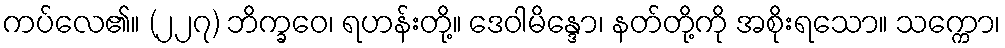
ကပ်လေ၏။ (၂၂၇) ဘိက္ခဝေ၊ ရဟန်းတို့။ ဒေဝါမိန္ဒော၊ နတ်တို့ကို အစိုးရသော။ သက္ကော၊